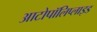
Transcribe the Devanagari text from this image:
आटोपॉलिप्लाइड